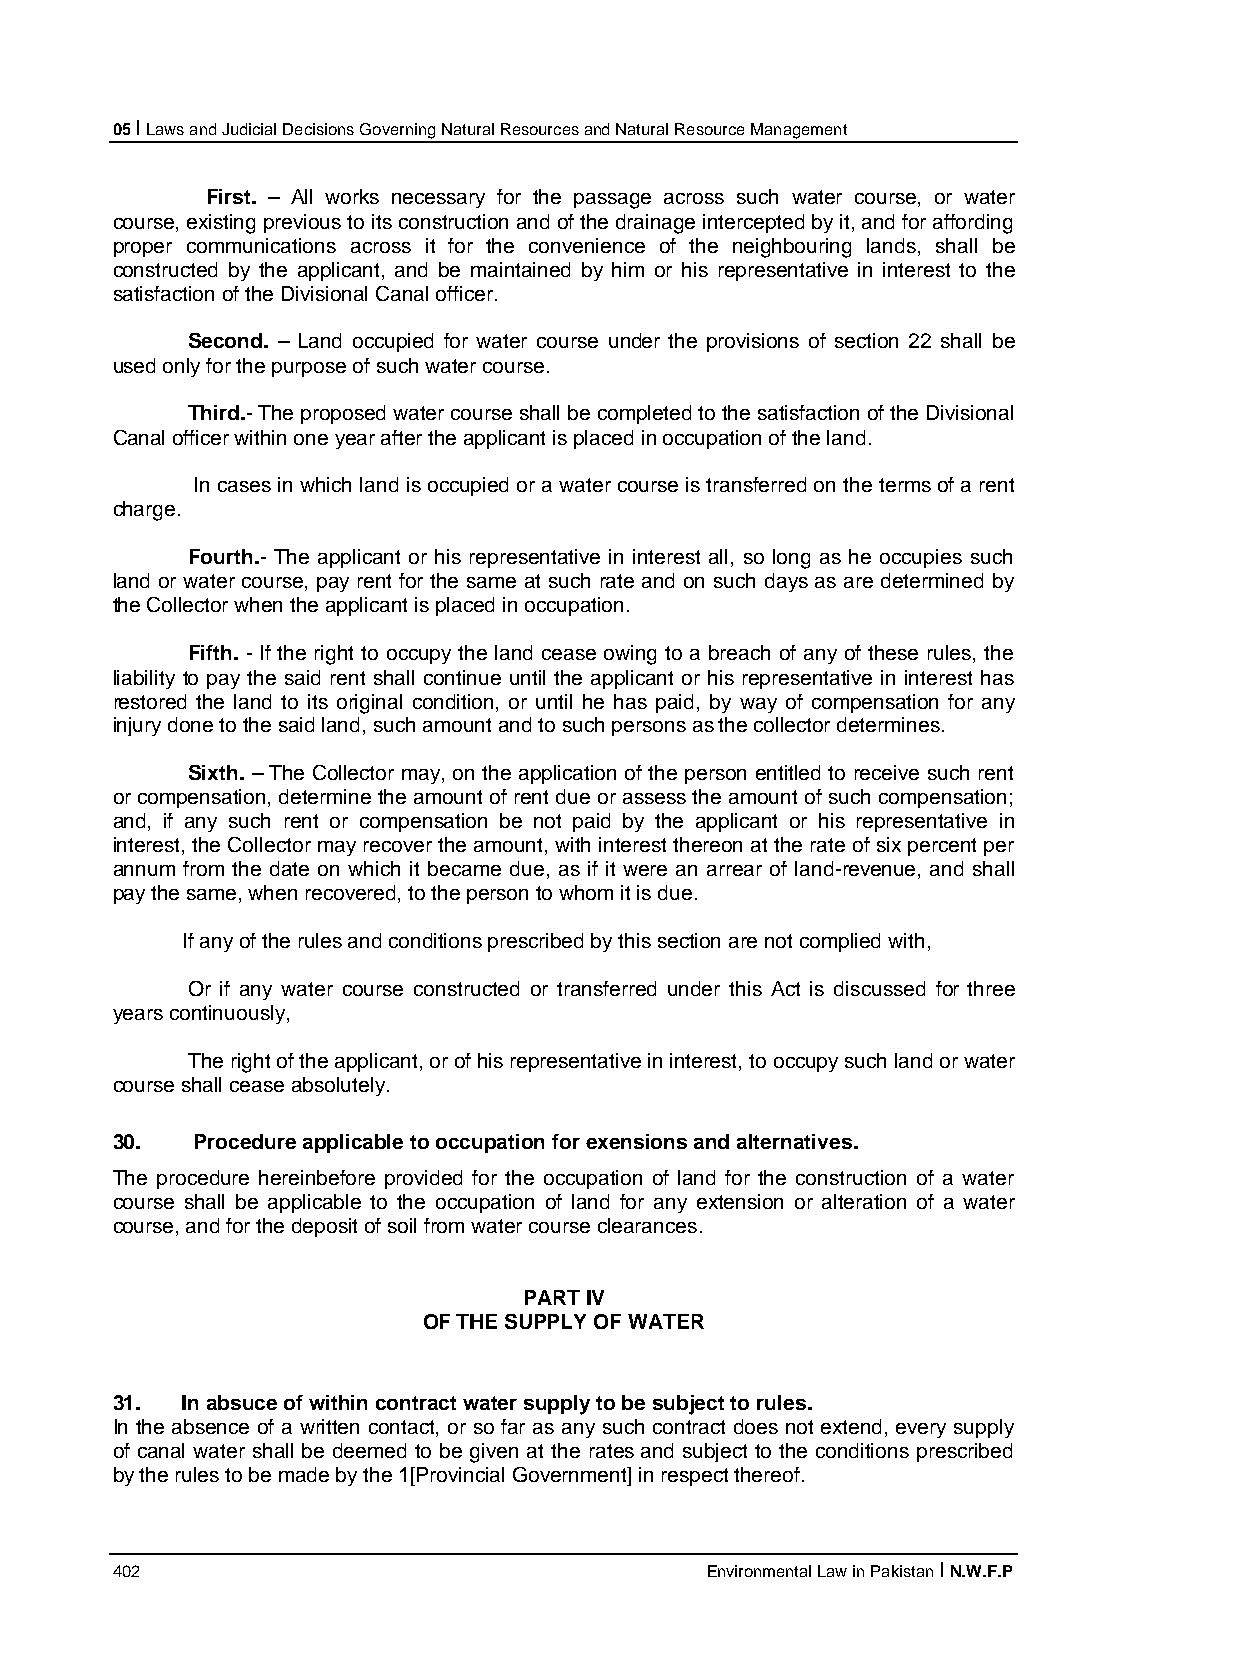
05 I Laws and Judicial Decisions Governing Natural Resources and Natural Resource Management
 First. – All works necessary for the passage across such water course, or water
 course, existing previous to its construction and of the drainage intercepted by it, and for affording
 proper communications across it for the convenience of the neighbouring lands, shall be
 constructed by the applicant, and be maintained by him or his representative in interest to the
 satisfaction of the Divisional Canal officer.
 Second. – Land occupied for water course under the provisions of section 22 shall be
 used only for the purpose of such water course.
 Third.- The proposed water course shall be completed to the satisfaction of the Divisional
 Canal officer within one year after the applicant is placed in occupation of the land.
 In cases in which land is occupied or a water course is transferred on the terms of a rent
 charge.
 Fourth.- The applicant or his representative in interest all, so long as he occupies such
 land or water course, pay rent for the same at such rate and on such days as are determined by
 the Collector when the applicant is placed in occupation.
 Fifth. - If the right to occupy the land cease owing to a breach of any of these rules, the
 liability to pay the said rent shall continue until the applicant or his representative in interest has
 restored the land to its original condition, or until he has paid, by way of compensation for any
 injury done to the said land, such amount and to such persons as the collector determines.
 Sixth. – The Collector may, on the application of the person entitled to receive such rent
 or compensation, determine the amount of rent due or assess the amount of such compensation;
 and, if any such rent or compensation be not paid by the applicant or his representative in
 interest, the Collector may recover the amount, with interest thereon at the rate of six percent per
 annum from the date on which it became due, as if it were an arrear of land-revenue, and shall
 pay the same, when recovered, to the person to whom it is due.
 If any of the rules and conditions prescribed by this section are not complied with,
 Or if any water course constructed or transferred under this Act is discussed for three
 years continuously,
 The right of the applicant, or of his representative in interest, to occupy such land or water
 course shall cease absolutely.
 30.   Procedure applicable to occupation for exensions and alternatives.
 The procedure hereinbefore provided for the occupation of land for the construction of a water
 course shall be applicable to the occupation of land for any extension or alteration of a water
 course, and for the deposit of soil from water course clearances.
 PART IV
 OF THE SUPPLY OF WATER
 31.  In absuce of within contract water supply to be subject to rules.
 In the absence of a written contact, or so far as any such contract does not extend, every supply
 of canal water shall be deemed to be given at the rates and subject to the conditions prescribed
 by the rules to be made by the 1[Provincial Government] in respect thereof.
 402                                     Environmental Law in Pakistan I N.W.F.P